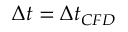
\Delta t = \Delta t _ { C F D }